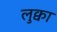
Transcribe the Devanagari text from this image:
लुक्वा